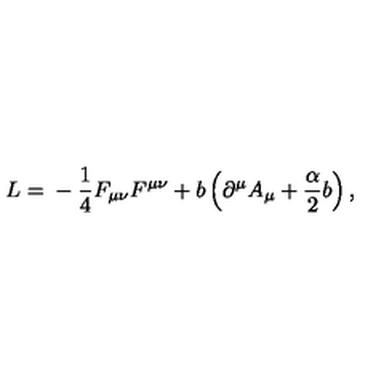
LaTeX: L = \mathrm { } - \frac { 1 } { 4 } F _ { \mu \nu } F ^ { \mu \nu } + b \left( \partial ^ { \mu } A _ { \mu } + \frac { \alpha } { 2 } b \right) ,